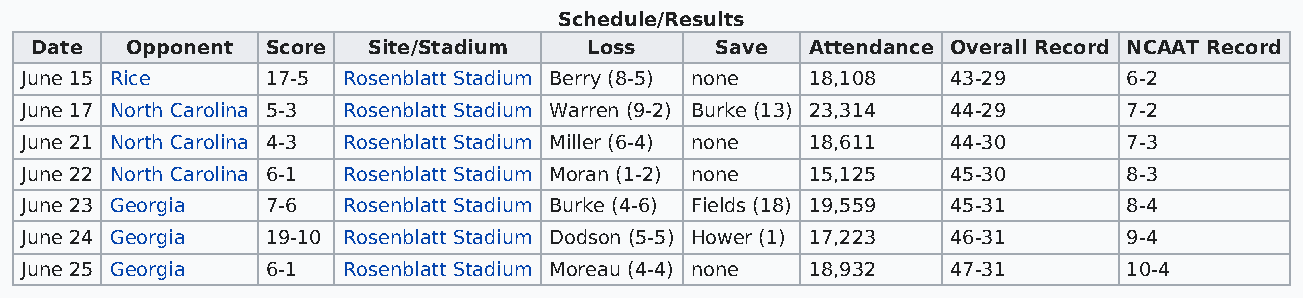
Schedule/Results
 Date  Opponent  Score Site/Stadium   Loss    Save   Attendance Overall Record NCAAT Record
 June 15 Rice     17-5 Rosenblatt Stadium Berry (8-5) none 18,108 43-29    6-2
 June 17 North Carolina 5-3 Rosenblatt Stadium Warren (9-2) Burke (13) 23,314 44-29 7-2
 June 21 North Carolina 4-3 Rosenblatt Stadium Miller (6-4) none 18,611 44-30 7-3
 June 22 North Carolina 6-1 Rosenblatt Stadium Moran (1-2) none 15,125 45-30 8-3
 June 23 Georgia  7-6  Rosenblatt Stadium Burke (4-6) Fields (18) 19,559 45-31 8-4
 June 24 Georgia  19-10 Rosenblatt Stadium Dodson (5-5) Hower (1) 17,223 46-31 9-4
 June 25 Georgia  6-1  Rosenblatt Stadium Moreau (4-4) none 18,932 47-31   10-4